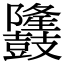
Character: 𪔳